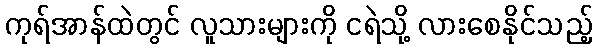
ကုရ်အာန်ထဲတွင် လူသားများကို ငရဲသို့ လားစေနိုင်သည့်